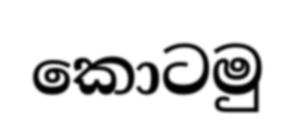
කොටමු